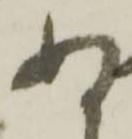
ぬ